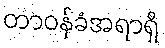
တာဝန်ခံအရာရှိ